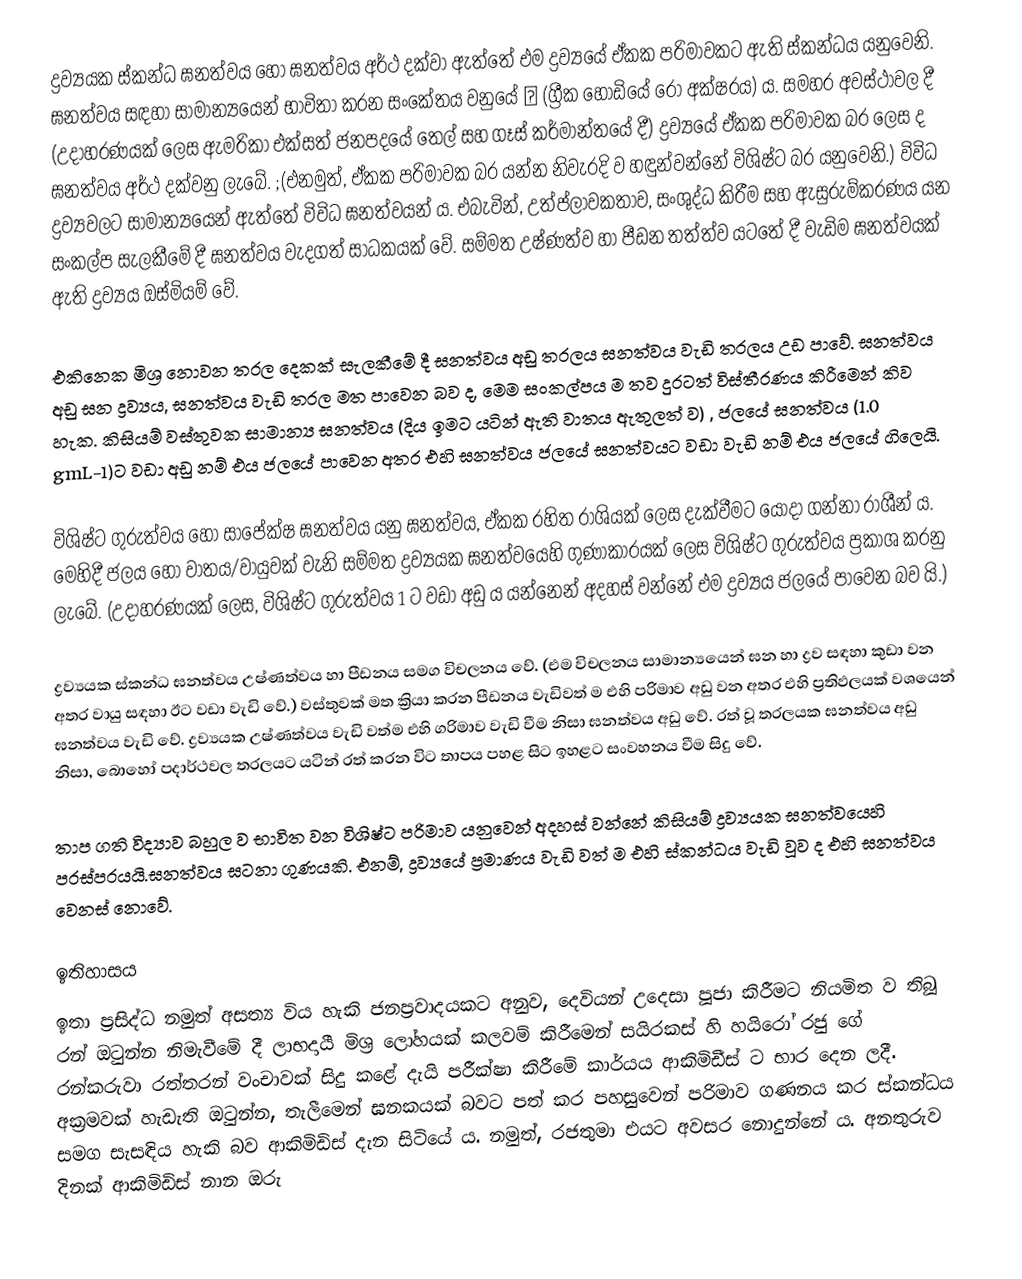
ද්‍රව්‍යයක ස්කන්ධ ඝනත්වය හෝ ඝනත්වය අර්ථ දක්වා ඇත්තේ එම ද්‍රව්‍යයේ ඒකක පරිමාවකට ඇති ස්කන්ධය යනුවෙනි. ඝනත්වය සඳහා සාමාන්‍යයෙන් භාවිතා කරන සංකේතය වනුයේ ρ  (ග්‍රීක හෝඩියේ රෝ අක්ෂරය) ය. සමහර අවස්ථාවල දී (උදාහරණයක් ලෙස ඇමරිකා එක්සත් ජනපදයේ තෙල් සහ ගෑස් කර්මාන්තයේ දී) ද්‍රව්‍යයේ ඒකක පරිමාවක බර ලෙස ද ඝනත්වය අර්ථ දක්වනු ලැබේ.  ;(එනමුත්, ඒකක පරිමාවක බර යන්න නිවැරදි ව හඳුන්වන්නේ විශිෂ්ට බර යනුවෙනි.) විවිධ ද්‍රව්‍යවලට සාමාන්‍යයෙන් ඇත්තේ විවිධ ඝනත්වයන් ය. එබැවින්, උත්ප්ලාවකතාව, සංශුද්ධ කිරීම සහ ඇසුරුම්කරණය යන සංකල්ප සැලකීමේ දී ඝනත්වය වැදගත් සාධකයක් වේ. සම්මත උෂ්ණත්ව හා පීඩන තත්ත්ව යටතේ දී වැඩිම ඝනත්වයක් ඇති ද්‍රව්‍යය ඔස්මියම් වේ.

එකිනෙක මිශ්‍ර නොවන තරල දෙකක් සැලකීමේ දී ඝනත්වය අඩු තරලය ඝනත්වය වැඩි තරලය උඩ පාවේ. ඝනත්වය අඩු ඝන ද්‍රව්‍යය, ඝනත්වය වැඩි තරල මත පාවෙන බව ද, මෙම සංකල්පය ම තව දුරටත් විස්තීරණය කිරීමෙන් කිව හැක. කිසියම් වස්තුවක සාමාන්‍ය ඝනත්වය (දිය ඉමට යටින් ඇති වාතය ඇතුලත් ව) , ජලයේ ඝනත්වය (1.0 gmL-1)ට වඩා අඩු නම් එය ජලයේ පාවෙන අතර එහි ඝනත්වය ජලයේ ඝනත්වයට වඩා වැඩි නම් එය ජලයේ ගිලෙයි.

විශිෂ්ට ගුරුත්වය හෝ සාපේක්ෂ ඝනත්වය යනු ඝනත්වය, ඒකක රහිත රාශියක් ලෙස දැක්වීමට යොදා ගන්නා රාශීන් ය. මෙහිදී ජලය හෝ වාතය/වායුවක් වැනි සම්මත ද්‍රව්‍යයක ඝනත්වයෙහි ගුණාකාරයක් ලෙස විශිෂ්ට ගුරුත්වය ප්‍රකාශ කරනු ලැබේ. (උදාහරණයක් ලෙස, විශිෂ්ට ගුරුත්වය 1 ට වඩා අඩු ය යන්නෙන්  අදහස් වන්නේ එම ද්‍රව්‍යය ජලයේ පාවෙන බව යි.)

ද්‍රව්‍යයක ස්කන්ධ ඝනත්වය උෂ්ණත්වය හා පීඩනය සමග විචලනය වේ. (එම විචලනය සාමාන්‍යයෙන් ඝන හා ද්‍රව සඳහා කුඩා වන අතර වායු සඳහා ඊට වඩා වැඩි වේ.) වස්තුවක් මත ක්‍රියා කරන පීඩනය වැඩිවත් ම එහි පරිමාව අඩු වන අතර එහි ප්‍රතිඵලයක් වශයෙන් ඝනත්වය වැඩි වේ. ද්‍රව්‍යයක උෂ්ණත්වය වැඩි වත්ම එහි ගරිමාව වැඩි වීම නිසා ඝනත්වය අඩු වේ. රත් වූ තරලයක ඝනත්වය අඩු නිසා, බොහෝ පදාර්ථවල තරලයට යටින් රත් කරන විට තාපය පහළ සිට ඉහළට සංවහනය වීම සිදු වේ.

තාප ගති විද්‍යාව බහුල ව භාවිත වන විශිෂ්ට පරිමාව යනුවෙන් අදහස් වන්නේ කිසියම් ද්‍රව්‍යයක ඝනත්වයෙහි පරස්පරයයි.ඝනත්වය ඝටනා ගුණයකි. එනම්, ද්‍රව්‍යයේ ප්‍රමාණය වැඩි වත් ම එහි ස්කන්ධය වැඩි වූව ද එහි ඝනත්වය වෙනස් නොවේ.

ඉතිහාසය
ඉතා ප්‍රසිද්ධ නමුත් අසත්‍ය විය හැකි ජනප්‍රවාදයකට අනුව, දෙවියන් උදෙසා පූජා කිරීමට නියමිත ව තිබූ රන් ඔටුන්න නිමැවීමේ දී ලාභදායී මිශ්‍ර ලෝහයක් කලවම් කිරීමෙන් සයිරකස් හි හයිරෝ රජු ගේ රන්කරුවා රත්තරන් වංචාවක් සිදු කළේ දැයි පරීක්ෂා කිරීමේ කාර්යය ආකිමිඩීස් ට භාර දෙන ලදී.  අක්‍රමවක් හැඩැති ඔටුන්න, තැලීමෙන් ඝනකයක් බවට පත් කර පහසුවෙන් පරිමාව ගණනය කර ස්කන්ධය සමග සැසඳිය හැකි බව ආකිමිඩිස් දැන සිටියේ ය. නමුත්, රජතුමා එයට අවසර නොදුන්නේ ය. අනතුරුව දිනක් ආකිමිඩිස් නාන ඔරු